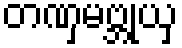
တဏှမဗ္ဘုယှ